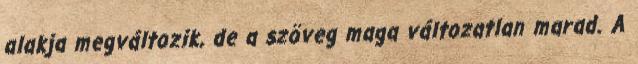
alakja megváltozik, de a szöveg maga változatlan marad. A